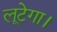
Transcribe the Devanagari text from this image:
लूटेगा।